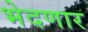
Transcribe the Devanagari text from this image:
भेदणार